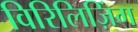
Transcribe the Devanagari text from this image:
विरिलिज़िंग